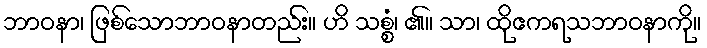
ဘာဝနာ၊ ဖြစ်သောဘာဝနာတည်း။ ဟိ သစ္စံ၊ ၏။ သာ၊ ထိုဧကရသဘာဝနာကို။